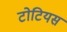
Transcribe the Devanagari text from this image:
टोटियस